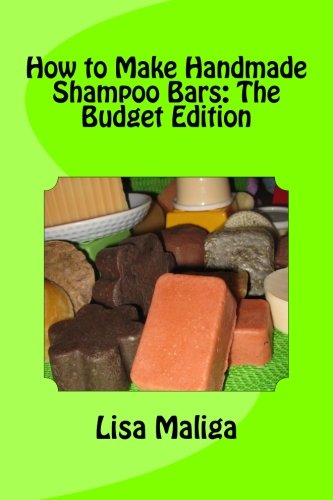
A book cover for How to Make Handmade Shampoo Bars: The Budget Edition; Lisa Maliga; Crafts, Hobbies & Home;